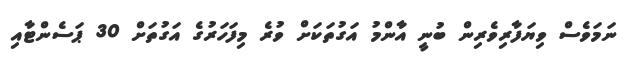
ނަމަވެސް ވިޔަފާރިވެރިން ބުނީ އާންމު އަގުތަކަށް ވުރެ މިފަހަރުގެ އަގުތަށް 30 ޕަސެންޓާއި